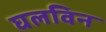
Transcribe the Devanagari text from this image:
घलविन